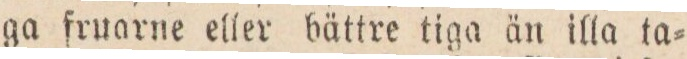
ga fruarne eller bättre tiga än illa ta=